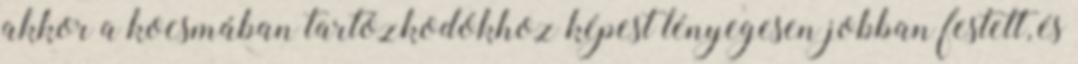
akkor a kocsmában tartózkodókhoz képest lényegesen jobban festett, és